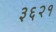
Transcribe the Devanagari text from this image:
३६२१